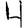
Digit: 4